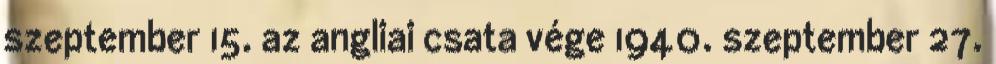
szeptember 15. az angliai csata vége 1940. szeptember 27.